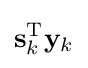
\mathbf {s} _{k}^{\mathrm {T} }\mathbf {y} _{k}